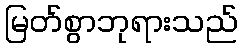
မြတ်စွာဘုရားသည်